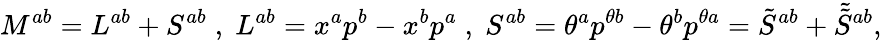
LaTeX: M^{ab}=L^{ab}+S^{ab}\; ,\; L^{ab}=x^{a}p^{b}-x^{b}p^{a}\; ,\; S^{ab}=\theta^{a}p^{\theta b}-\theta^{b}p^{\theta a}=\tilde{S}^{ab}+\tilde{\tilde{S}}{}^{ab},